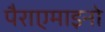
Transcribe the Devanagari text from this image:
पैराएमाइनो